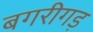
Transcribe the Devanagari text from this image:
बगरीगड़